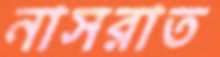
নাসরাত